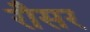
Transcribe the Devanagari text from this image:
रौसर